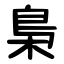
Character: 梟